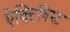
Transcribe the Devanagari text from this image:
ऐक्टिविस्ट